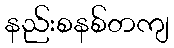
နည်းစနစ်တကျ